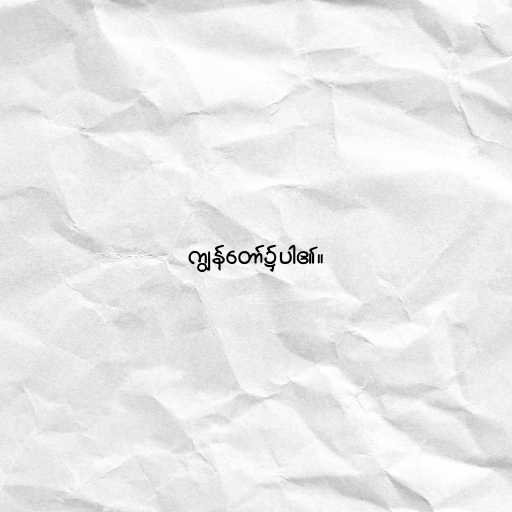
ကျွန်တော်၌ပါ၏။